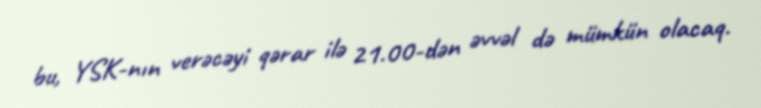
bu, YSK-nın verəcəyi qərar ilə 21.00-dən əvvəl də mümkün olacaq.